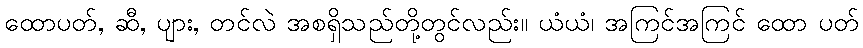
ထောပတ်, ဆီ, ပျား, တင်လဲ အစရှိသည်တို့တွင်လည်း။ ယံယံ၊ အကြင်အကြင် ထော ပတ်